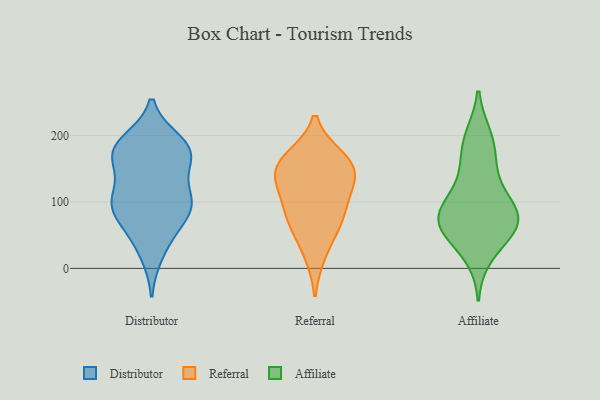
{"axis": {"x": "Website Visitors", "y": "Value"}, "legend": ["Affiliate", "Distributor", "Referral"], "data": [{"x": "", "y": 106, "type": "Distributor"}, {"x": "", "y": 100, "type": "Distributor"}, {"x": "", "y": 159, "type": "Distributor"}, {"x": "", "y": 184, "type": "Distributor"}, {"x": "", "y": 110, "type": "Distributor"}, {"x": "", "y": 100, "type": "Distributor"}, {"x": "", "y": 22, "type": "Distributor"}, {"x": "", "y": 70, "type": "Distributor"}, {"x": "", "y": 96, "type": "Distributor"}, {"x": "", "y": 170, "type": "Distributor"}, {"x": "", "y": 48, "type": "Distributor"}, {"x": "", "y": 180, "type": "Distributor"}, {"x": "", "y": 175, "type": "Distributor"}, {"x": "", "y": 85, "type": "Distributor"}, {"x": "", "y": 190, "type": "Distributor"}, {"x": "", "y": 169, "type": "Distributor"}, {"x": "", "y": 153, "type": "Referral"}, {"x": "", "y": 64, "type": "Referral"}, {"x": "", "y": 79, "type": "Referral"}, {"x": "", "y": 136, "type": "Referral"}, {"x": "", "y": 113, "type": "Referral"}, {"x": "", "y": 150, "type": "Referral"}, {"x": "", "y": 165, "type": "Referral"}, {"x": "", "y": 74, "type": "Referral"}, {"x": "", "y": 167, "type": "Referral"}, {"x": "", "y": 119, "type": "Referral"}, {"x": "", "y": 21, "type": "Referral"}, {"x": "", "y": 198, "type": "Affiliate"}, {"x": "", "y": 67, "type": "Affiliate"}, {"x": "", "y": 76, "type": "Affiliate"}, {"x": "", "y": 20, "type": "Affiliate"}, {"x": "", "y": 194, "type": "Affiliate"}, {"x": "", "y": 77, "type": "Affiliate"}, {"x": "", "y": 46, "type": "Affiliate"}, {"x": "", "y": 163, "type": "Affiliate"}, {"x": "", "y": 103, "type": "Affiliate"}, {"x": "", "y": 74, "type": "Affiliate"}, {"x": "", "y": 63, "type": "Affiliate"}, {"x": "", "y": 72, "type": "Affiliate"}, {"x": "", "y": 107, "type": "Affiliate"}, {"x": "", "y": 144, "type": "Affiliate"}]}